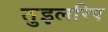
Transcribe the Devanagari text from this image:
तुइलरिए